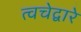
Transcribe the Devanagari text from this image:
त्वचेद्वारे